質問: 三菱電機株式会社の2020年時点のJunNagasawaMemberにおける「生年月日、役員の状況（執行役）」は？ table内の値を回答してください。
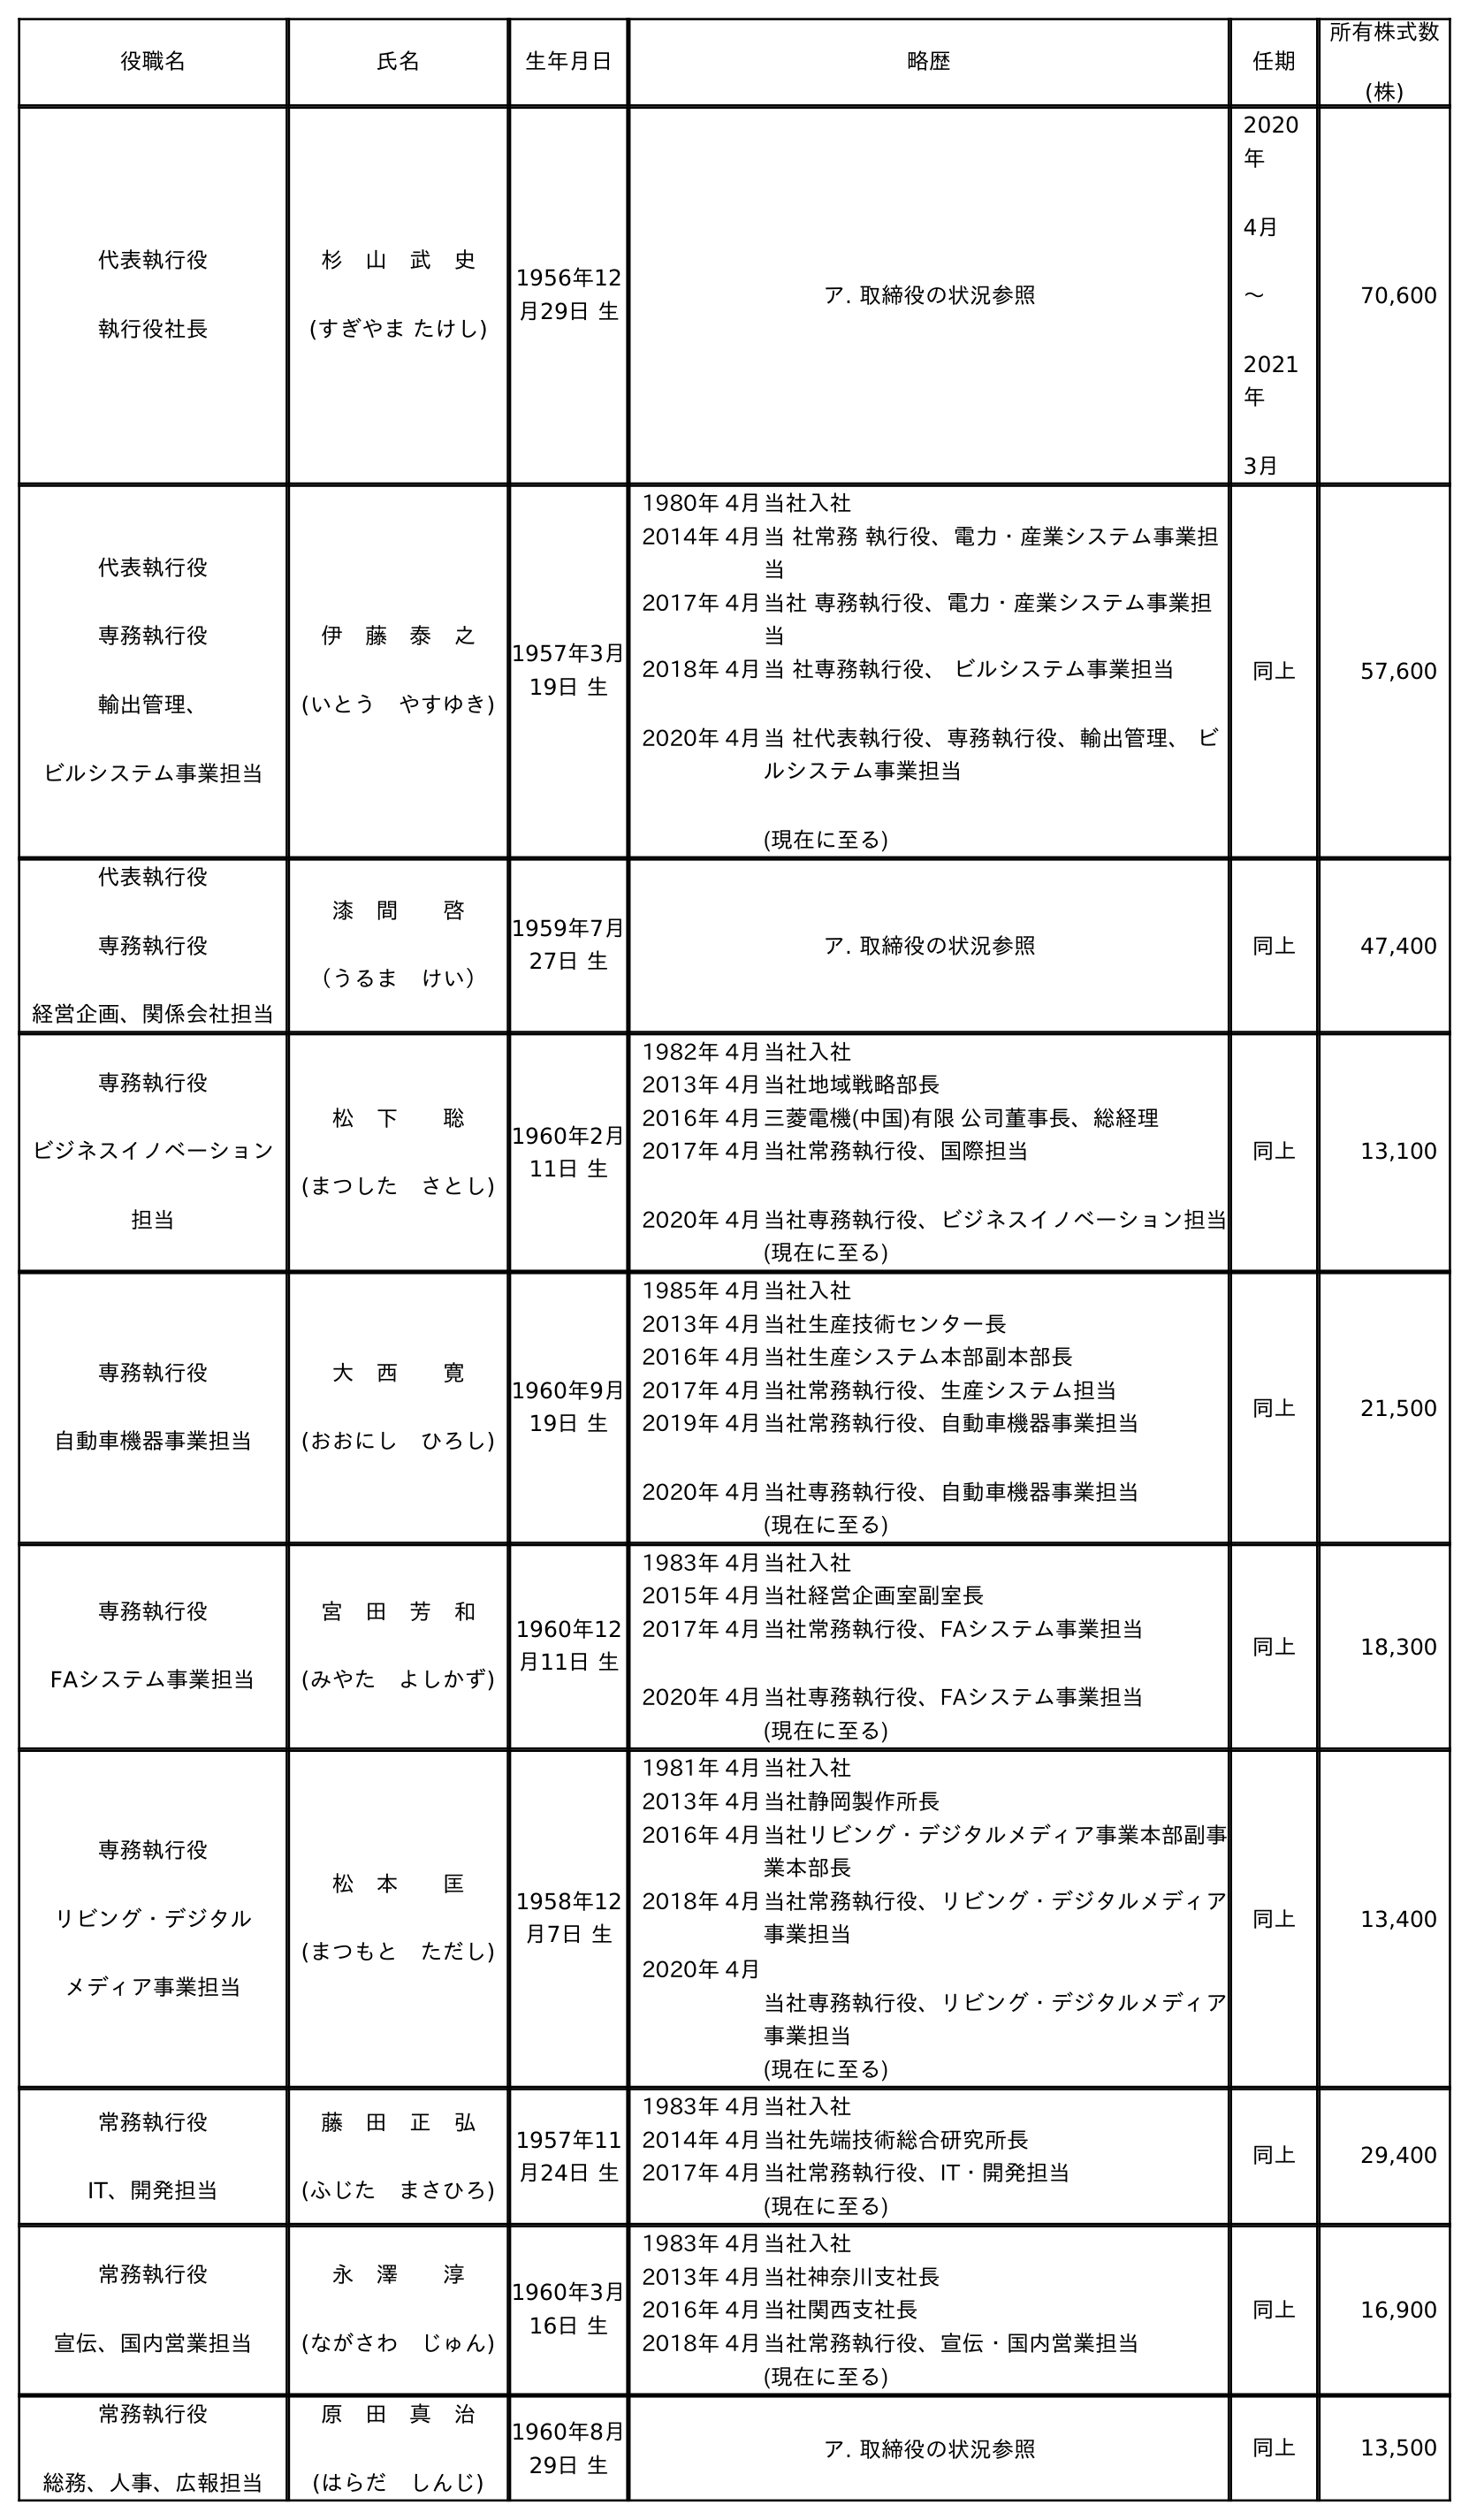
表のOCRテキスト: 役職名 氏名 生年月日 略歴 任期 所有株式数 (株) 代表執行役 執行役社長 杉 山 武 史 (すぎやま たけし) 1956年12 月29日 生 ア. 取締役の状況参照 2020 年 4月 〜 2021 年 3月 70,600 代表執行役 専務執行役 輸出管理、 ビルシステム事業担当 伊 藤 泰 之 (いとう やすゆき) 1957年3月 19日 生 1980年 4月当社入社 2014年 4月当 社常務 執行役、電力・産業システム事業担 当 2017年 4月当社 専務執行役、電力・産業システム事業担 当 2018年 4月 2020年 4月 当 社専務執行役、 ビルシステム事業担当 当 社代表執行役、専務執行役、輸出管理、 ビ ルシステム事業担当 (現在に至る) 同上 57,600 代表執行役 専務執行役 経営企画、関係会社担当 漆 間  啓 （うるま けい） 1959年7月 27日 生 ア. 取締役の状況参照 同上 47,400 専務執行役 ビジネスイノベーション 担当 松 下  聡 (まつした さとし) 1960年2月 11日 生 1982年 4月当社入社 2013年 4月当社地域戦略部長 2016年 4月三菱電機(中国)有限 公司董事長、総経理 2017年 4月 2020年 4月 当社常務執行役、国際担当 当社専務執行役、ビジネスイノベーション担当 (現在に至る) 同上 13,100 専務執行役 自動車機器事業担当 大 西  寛 (おおにし ひろし) 1960年9月 19日 生 1985年 4月当社入社 2013年 4月当社生産技術センター長 2016年 4月当社生産システム本部副本部長 2017年 4月当社常務執行役、生産システム担当 2019年 4月 2020年 4月 当社常務執行役、自動車機器事業担当 当社専務執行役、自動車機器事業担当 (現在に至る) 同上 21,500 専務執行役 FAシステム事業担当 宮 田 芳 和 (みやた よしかず) 1960年12 月11日 生 1983年 4月当社入社 2015年 4月当社経営企画室副室長 2017年 4月 2020年 4月 当社常務執行役、FAシステム事業担当 当社専務執行役、FAシステム事業担当 (現在に至る) 同上 18,300 専務執行役 リビング・デジタル メディア事業担当 松 本  匡 (まつもと ただし) 1958年12 月7日 生 1981年 4月当社入社 2013年 4月当社静岡製作所長 2016年 4月当社リビング・デジタルメディア事業本部副事 業本部長 2018年 4月 2020年 4月 当社常務執行役、リビング・デジタルメディア 事業担当 当社専務執行役、リビング・デジタルメディア 事業担当 (現在に至る) 同上 13,400 常務執行役 IT、開発担当 藤 田 正 弘 (ふじた まさひろ) 1957年11 月24日 生 1983年 4月当社入社 2014年 4月当社先端技術総合研究所長 2017年 4月当社常務執行役、IT・開発担当 (現在に至る) 同上 29,400 常務執行役 宣伝、国内営業担当 永 澤  淳 (ながさわ じゅん) 1960年3月 16日 生 1983年 4月当社入社 2013年 4月当社神奈川支社長 2016年 4月当社関西支社長 2018年 4月当社常務執行役、宣伝・国内営業担当 (現在に至る) 同上 16,900 常務執行役 総務、人事、広報担当 原 田 真 治 (はらだ しんじ) 1960年8月 29日 生 ア. 取締役の状況参照 同上 13,500
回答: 1960年3月16日生